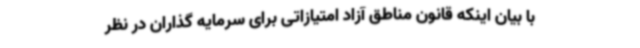
با بیان اینکه قانون مناطق آزاد امتیازاتی برای سرمایه گذاران در نظر